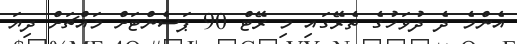
އެންމެ ދެ ދުވަހުގެ ތެރޭގައި މި ރޭޓް 90 ޕަސެންޓަށް މައްޗަށް ދިޔަ